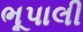
ભૂપાલી